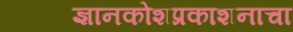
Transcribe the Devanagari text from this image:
ज्ञानकोशप्रकाशनाचा